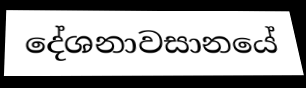
දේශනාවසානයේ